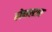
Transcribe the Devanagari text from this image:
होमस्टार